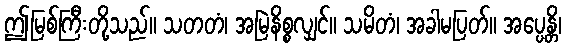
ဤမြစ်ကြီးတို့သည်။ သတတံ၊ အမြဲနိစ္စလျှင်။ သမိတံ၊ အခါမပြတ်။ အပ္ပေန္တိ၊